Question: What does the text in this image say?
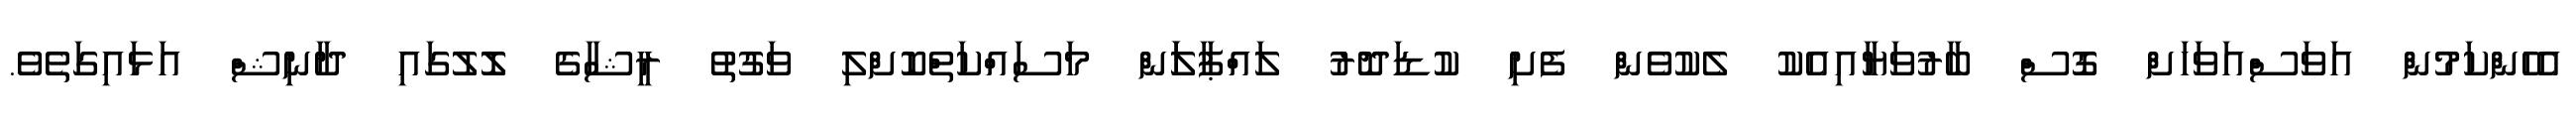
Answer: އެހެންކަމުން އަވަސްއަވަހަށް ގޮސް ބާރުވަޔާއިއެކު ލެކުވެން ފެށި ކުޑަދޮރު ލައްޕާލަަން މަސައްކަތްކޮށްލި ވަގުތު ރީޝާގެ ލޮލުގައި ދާނިޝް އަޅައިގަތެވެ.